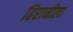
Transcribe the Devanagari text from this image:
हिरानीला